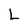
Character: L